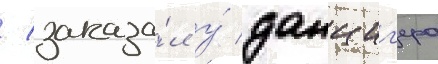
/ заказа́л у́ данциг'ера